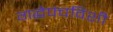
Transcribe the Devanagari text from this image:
गद्धेपंचविशी